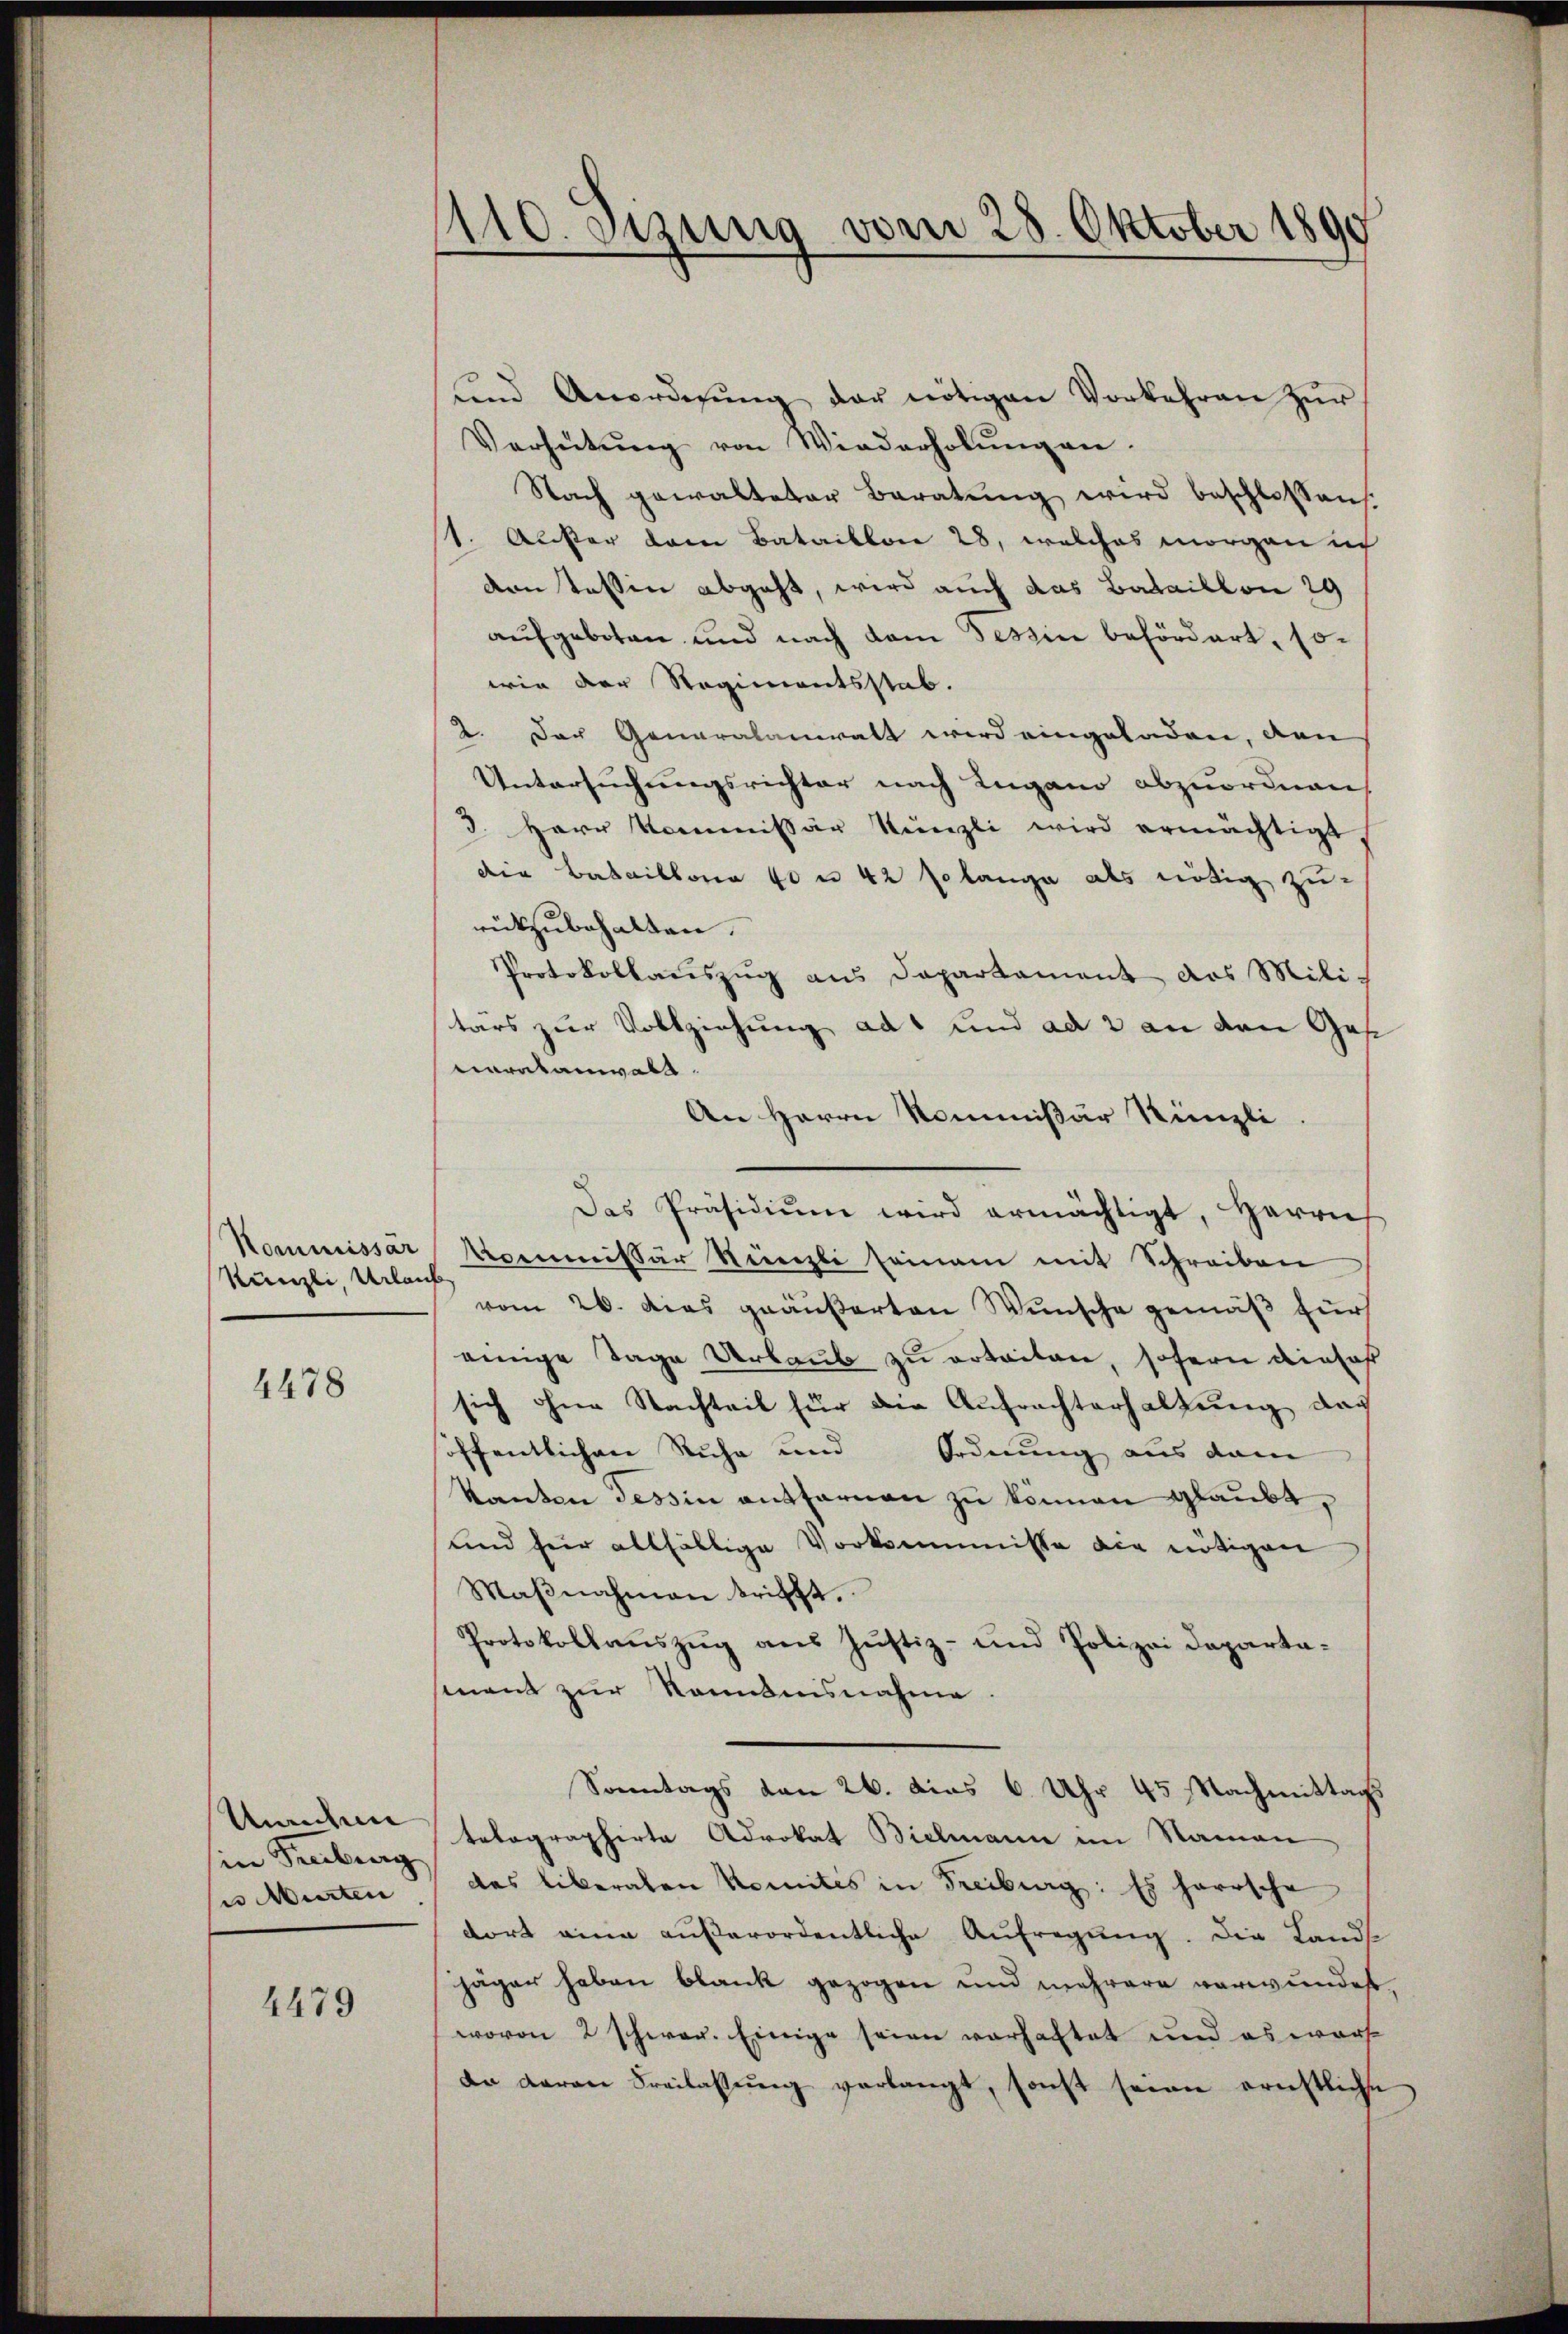
Künzli, Urlauf

4478

sin Freiburg

4479

110. Setzung vom 28. Oktober 1890

ŭnd Anordnŭng der nötigen Vorkehren zŭr
Verhütŭng von Wiederholŭng an.
Nach gewalteter Beratŭng wird beschlossen.
(1. Außer dem Bataillon 28, welches morgen ich
den Tessin abgeht, wird auch das Bataillon 29
aufgeboten und nach dem Tessin behördert, sowie der Regimentsstab.
2. Der Generalanwalt wird eingeladen, den
Untersuchungsrichter nach Lugano abzuordnen,
3. Herr Kommissär Künzli wird ermächtigt,
die Bataillonia 40 n 42 solange als nötig zu-
rückzubehalten.
Protokollauszug aus Departament das Militärs zur Vollziehung ad und ad 2 an den Ges
oratanwald
An Herrn Kommißär Künzli.
Das Präsidiŭm wird ermächtigt, Herrn
Kommissar Kommissär Nünzli seinam mit Schreiben
vom 26. Das geäußerten Wunsche gemäß für
einige Tage Urlaub zu erteiten, sofern ainhaf
sich ohne Nachteil für die Aufrachterhaltung dar
öffentlichen Ruhe und Ordnung aus dam
kanton Tessin entfernen zu können glaubt,
und für allfällige Vorkommisse die nötigen
Maβnahmann trifft.
Protokollaŭszŭg ans Justiz- und Polizei Departa-
ment zur Kenntnisnahme.
Sonntags den 26. dies 6 Uhr 45 Nachmittags
Unentere Velographirte Advokat Bielmann im Namen
u Murten, das liberalen Komites in Freiburg: Es herrsche
dort eine außerordentliche Aufregung. Die Landse
jäger haben blank gezogen und mehrere verwundest.
wovon 2 schwer. Einige seien verhaftet und es warf
dr daran Freilassung verlangt, sonst seien ernstliche